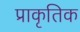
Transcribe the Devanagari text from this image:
प्राकृतिक